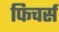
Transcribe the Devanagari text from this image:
फिचर्स